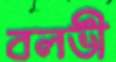
বলভী